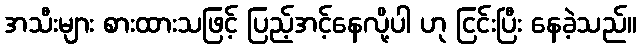
အသီးများ စားထားသဖြင့် ပြည့်အင့်နေလို့ပါ ဟု ငြင်းပြီး နေခဲ့သည်။